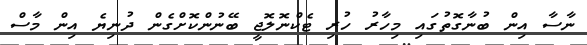
ނާސާ އިން ބުނާގޮތުގައި މިހާރު ހުރި ޓެކްނޮލޮޖީ ބޭނުންކޮށްގެން ދުނިޔެ އިން މާސް